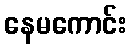
နေမကောင်း